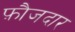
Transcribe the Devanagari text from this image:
फ़ौजदार